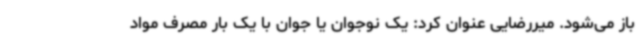
باز می‌شود. میررضایی عنوان کرد: یک نوجوان یا جوان با یک بار مصرف مواد